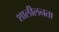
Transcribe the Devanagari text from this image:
शालीलनता